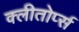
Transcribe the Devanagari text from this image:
क्लीतोर्प्स